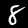
Label: 8